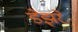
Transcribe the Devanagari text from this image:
डेझरे